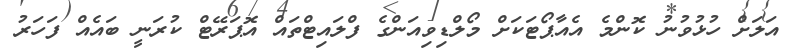
އަލަށް ހުޅުވުނު ކޮންމެ އެއާޕޯޓަކަށް މޯލްޑިވިއަންގެ ފްލައިޓްތައް އޮޕަރޭޓް ކުރަނީ ބައެއް ފަހަރު